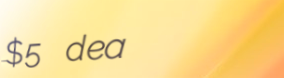
$5 deal